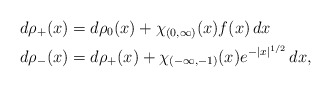
\begin{align*}d\rho_+(x) & = d\rho_0(x) + \chi_{(0,\infty)}(x)f(x)\, dx \\d\rho_-(x) & = d\rho_+(x) + \chi_{(-\infty,-1)}(x)e^{-|x|^{1/2}}\, dx ,\end{align*}